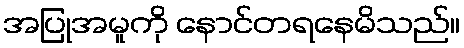
အပြုအမူကို နောင်တရနေမိသည်။